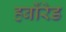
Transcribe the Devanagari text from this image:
हर्बोरेड